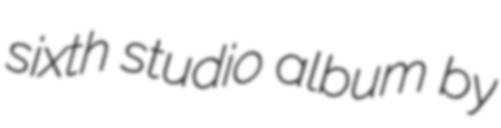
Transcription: sixth studio album by